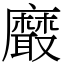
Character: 黀